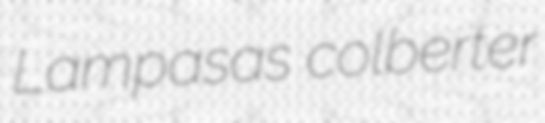
Lampasas colberter